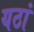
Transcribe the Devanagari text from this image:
यठां